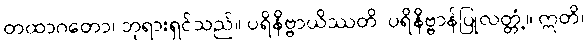
တထာဂတော၊ ဘုရားရှင်သည်။ ပရိနိဗ္ဗာယိဿတိ၊ ပရိနိဗ္ဗာန်ပြုလတ္တံ့။ ဣတိ၊